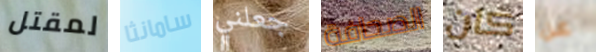
لمقتل سامانثا جعلني الصحافة كان عن